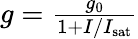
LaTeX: \begin{array}{r}{g=\frac{g_{0}}{1+I/{I_{\mathrm{sat}}}}}\end{array}